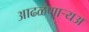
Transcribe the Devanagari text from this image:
आढळणार्‍यअ